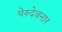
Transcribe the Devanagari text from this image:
पेरुदेवनार